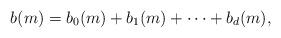
\begin{align*}b(m) = b_0(m) + b_1(m) + \dotsb + b_d(m),\end{align*}